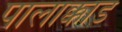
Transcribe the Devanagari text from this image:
पालाक्काड